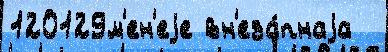
120129м'ен'еjе вн'еза́пнаjа